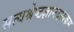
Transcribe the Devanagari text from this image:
सत्यश्रेष्ठज्ञानदायकम